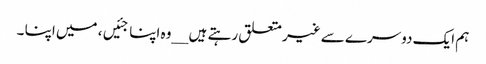
ہم ایک دوسرے سے غیر متعلق رہتے ہیں __وہ اپنا جئیں، میں اپنا ۔